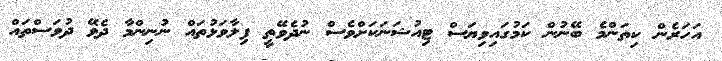
އަހަރެން ކިތަންމެ ބޭނުން ކަމުގައިވިޔަސް ޓިއުޝަނަކަށްވެސް ނުދެވޭތީ ފިލާވަޅުތައް ނުނިންމާ ދެވޭ ދުވަސްތައް